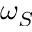
\omega _ { S }